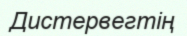
Дистервегтің